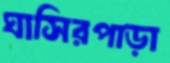
ঘাসিরপাড়া